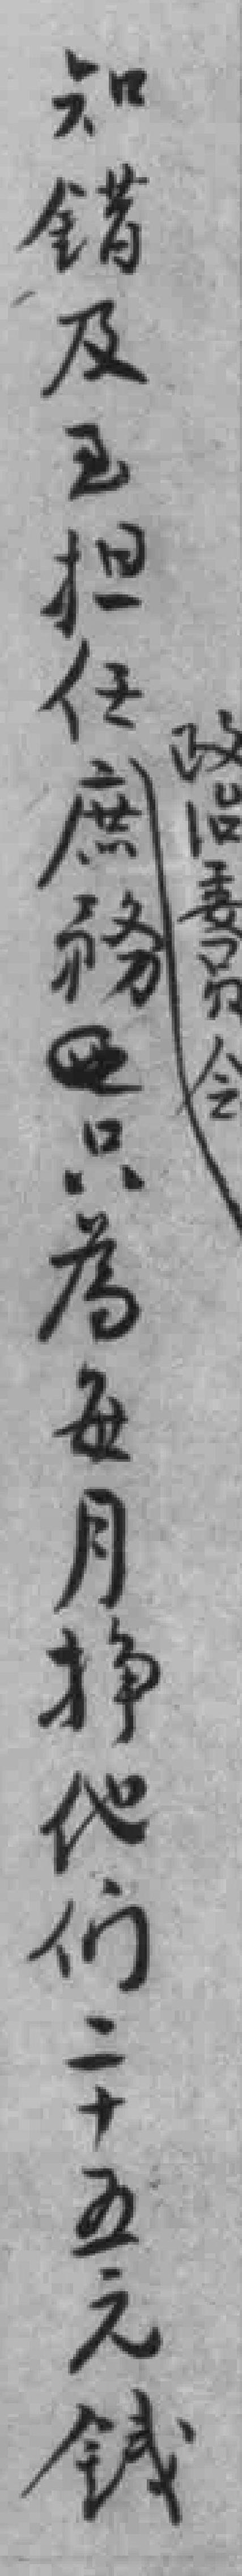
知錯及*担任庶務只為每月挣他们二十五元钱